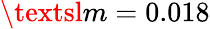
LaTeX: \textsl{m}=0.018